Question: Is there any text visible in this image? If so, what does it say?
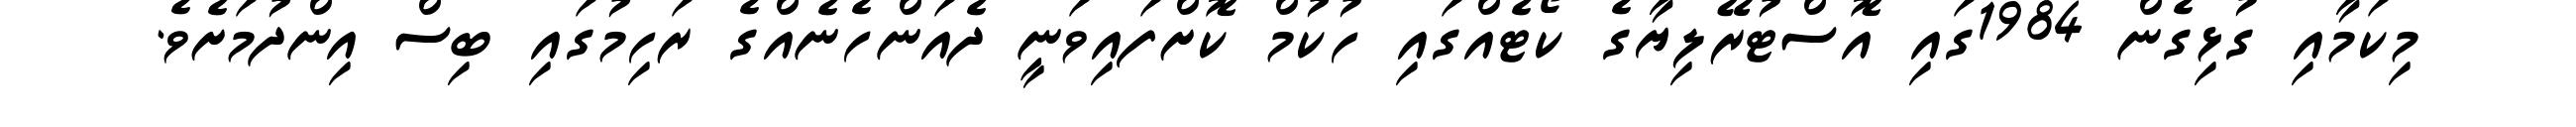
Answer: މިކަމާއި ގުޅިގެން 1984ގައި އޮސްޓުރޭލިޔާގެ ކޯޓެއްގައި ހުކުމް ކޮށްފައިވަނީ ދެއަންހެނެއްގެ ރަހިމުގައި ބިސް އިންދުމަށެވެ.